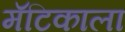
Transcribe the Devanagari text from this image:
मॅटिकाला